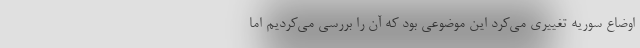
اوضاع سوریه تغییری می‌کرد این موضوعی بود که آن را بررسی می‌کردیم اما